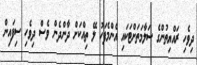
ދިވެހި ރައްޔިތުންގެ ސަލާމަތަށްޓަކައި އެންމެފަހު ލޭ ތިއްކަށް ދާންދެން ވެސް ދިވެހި ސިފައިން